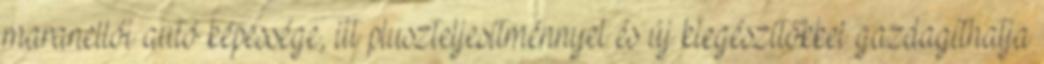
maranellói autó képessége, itt pluszteljesítménnyel és új kiegészítőkkel gazdagíthatja